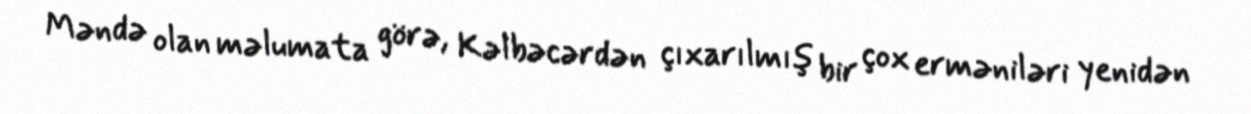
Məndə olan məlumata görə, Kəlbəcərdən çıxarılmış bir çox erməniləri yenidən